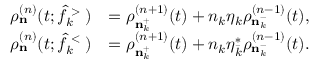
\begin{array} { r l } { \rho _ { \bf n } ^ { ( n ) } ( t ; \hat { f } _ { k } ^ { \mathrm { \tiny ~ > ~ } } ) } & { = \rho _ { { \bf n } _ { k } ^ { + } } ^ { ( n + 1 ) } ( t ) + n _ { k } \eta _ { k } \rho _ { { \bf n } _ { k } ^ { - } } ^ { ( n - 1 ) } ( t ) , } \\ { \rho _ { \bf n } ^ { ( n ) } ( t ; \hat { f } _ { k } ^ { \mathrm { \tiny ~ < ~ } } ) } & { = \rho _ { { \bf n } _ { k } ^ { + } } ^ { ( n + 1 ) } ( t ) + n _ { k } \eta _ { \bar { k } } ^ { \ast } \rho _ { { \bf n } _ { k } ^ { - } } ^ { ( n - 1 ) } ( t ) . } \end{array}